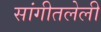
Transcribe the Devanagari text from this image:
सांगीतलेली